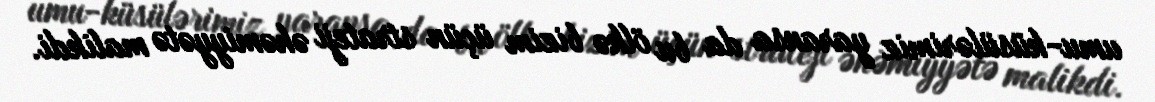
umu-küsülərimiz yaransa da bu ölkə bizim üçün strateji əhəmiyyətə malikdi.